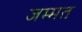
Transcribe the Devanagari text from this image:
जम्‍मत